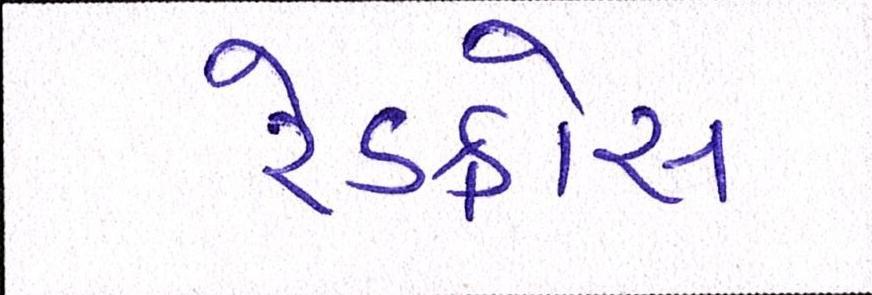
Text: રેડક્રોસ